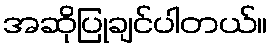
အဆိုပြုချင်ပါတယ်။